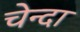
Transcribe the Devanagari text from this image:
चेन्दा